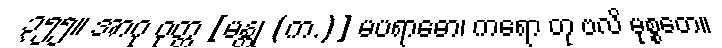
၃၅၅။ အာဂု ဝုတ္တ [မန္တု (က.)] မပရာဓော၊ ကရော တု ဗလိ မုစ္စတေ။